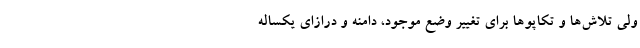
ولی تلاش‌ها و تکاپوها برای تغییر وضع موجود، دامنه و درازای یکساله